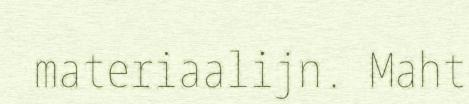
materiaalijn. Maht